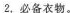
2，必备衣物。